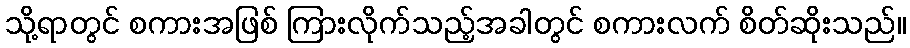
သို့ရာတွင် စကားအဖြစ် ကြားလိုက်သည့်အခါတွင် စကားလက် စိတ်ဆိုးသည်။